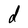
Character: d